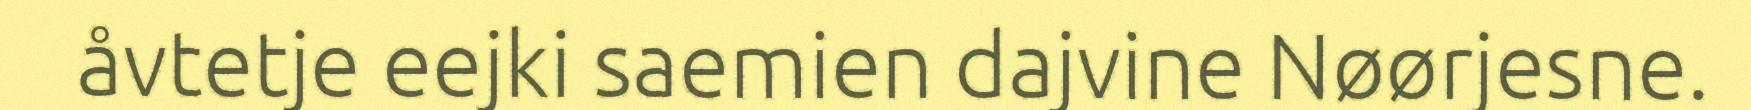
åvtetje eejki saemien dajvine Nøørjesne.